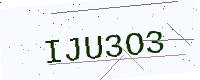
Text: IJU3O3